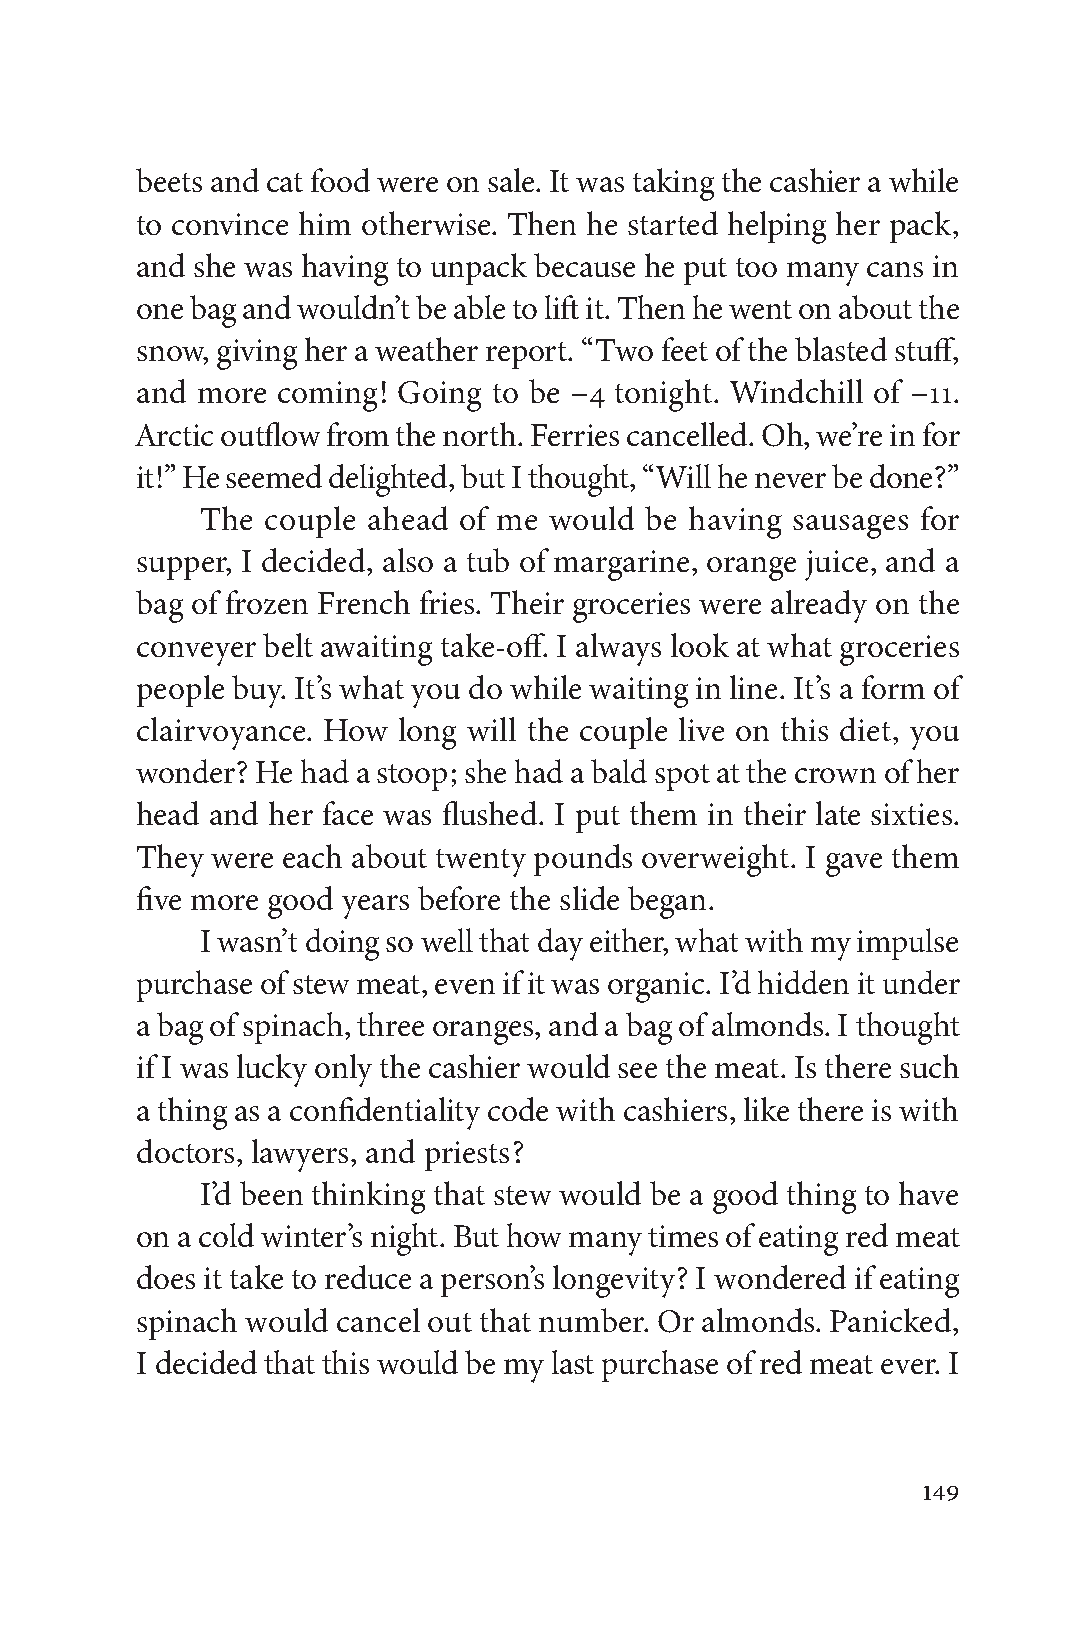
beets and cat food were on sale. It was taking the cashier a while
 to convince him otherwise. Then he started helping her pack,
 and she was having to unpack because he put too many cans in
 one bag and wouldn’t be able to lift it. Then he went on about the
 snow, giving her a weather report. “Two feet of the blasted stuff,
 and more coming! Going  to be −4 tonight. Windchill of −11.
 Arctic outflow from the north. Ferries cancelled. Oh, we’re in for
 it!” He seemed delighted, but I thought, “Will he never be done?”
 The  couple ahead of me would be having sausages for
 supper, I decided, also a tub of margarine, orange juice, and a
 bag of frozen French fries. Their groceries were already on the
 conveyer belt awaiting take-off. I always look at what groceries
 people buy. It’s what you do while waiting in line. It’s a form of
 clairvoyance. How long will the couple live on this diet, you
 wonder? He had a stoop; she had a bald spot at the crown of her
 head and her face was flushed. I put them in their late sixties.
 They were each about twenty pounds overweight. I gave them
 five more good years before the slide began.
 I wasn’t doing so well that day either, what with my impulse
 purchase of stew meat, even if it was organic. I’d hidden it under
 a bag of spinach, three oranges, and a bag of almonds. I thought
 if I was lucky only the cashier would see the meat. Is there such
 a thing as a confidentiality code with cashiers, like there is with
 doctors, lawyers, and priests?
 I’d been thinking that stew would be a good thing to have
 on a cold winter’s night. But how many times of eating red meat
 does it take to reduce a person’s longevity? I wondered if eating
 spinach would cancel out that number. Or almonds. Panicked,
 I decided that this would be my last purchase of red meat ever. I
 149